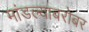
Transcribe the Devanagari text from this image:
मांडल्याबरोबर